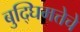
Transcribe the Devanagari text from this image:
बुद्घिमत्तेचे